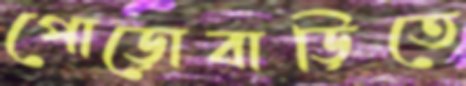
পোড়োবাড়িতে